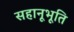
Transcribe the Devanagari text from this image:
सहानूभूति